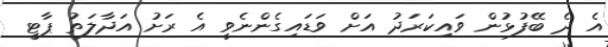
އެ ދެ ބޭފުޅުން ވައިކަރަދު އަށް ވަޑައިގެންނެވީ އެ ރަށު އަދާލަތު ޕާޓީ